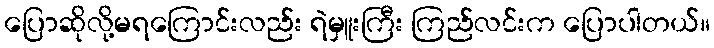
ပြောဆိုလို့မရကြောင်းလည်း ရဲမှူးကြီး ကြည်လင်းက ပြောပါတယ်။